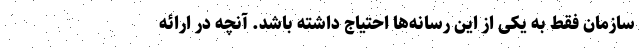
سازمان فقط به یکی از این رسانه‌ها احتیاج داشته باشد. آنچه در ارائه